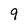
Character: 9